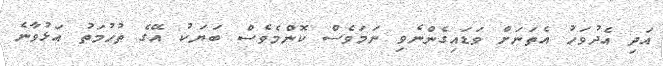
އަދި އެދުވަހު އެތަނަށް ވަޑައިގެންނެވި ނަމަވެސް ކޮންމެވެސް ބަޔަކު އޭގެ ތުހުމަތު އަޅުވާނެ